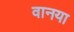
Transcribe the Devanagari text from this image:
वानया